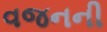
વજનની